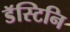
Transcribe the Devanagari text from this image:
डॅस्टिनि